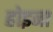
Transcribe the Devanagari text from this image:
होइना